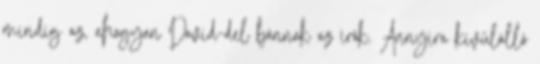
mindig az, ahogyan David-del bánnak az írók. Annyira kívülálló